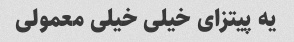
یه پیتزای خیلی خیلی معمولی